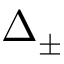
\Delta _ { \pm }